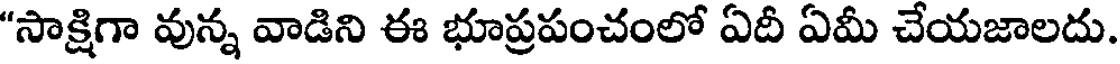
"సాక్షిగా వున్న వాడిని ఈ భూప్రపంచంలో ఏదీ ఏమీ చేయజాలదు.